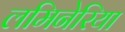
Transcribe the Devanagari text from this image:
लमिनेरिया